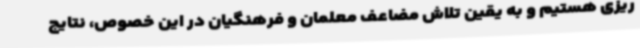
ریزی هستیم و به یقین تلاش مضاعف معلمان و فرهنگیان در این خصوص، نتایج